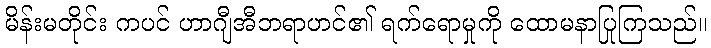
မိန်းမတိုင်း ကပင် ဟာဂျီအီဘရာဟင်၏ ရက်ရောမှုကို ထောမနာပြုကြသည်။